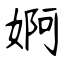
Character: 婀